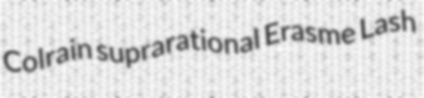
Colrain suprarational Erasme Lash